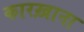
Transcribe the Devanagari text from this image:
कारख़ाना